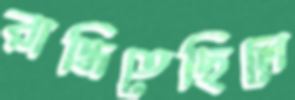
রান্ধিতেছিলে